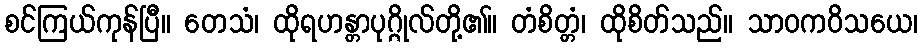
စင်ကြယ်ကုန်ပြီ။ တေသံ၊ ထိုရဟန္တာပုဂ္ဂိုလ်တို့၏။ တံစိတ္တံ၊ ထိုစိတ်သည်။ သာဝကဝိသယေ၊